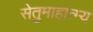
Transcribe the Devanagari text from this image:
सेतुमाहात्म्य